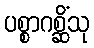
ပစ္စာဂစ္ဆိံသု